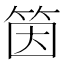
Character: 筃